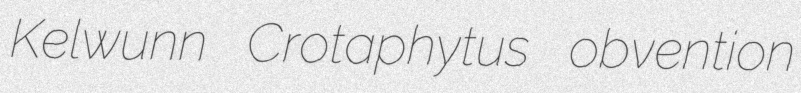
Kelwunn Crotaphytus obvention